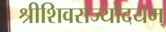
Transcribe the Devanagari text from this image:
श्रीशिवराज्योदयम्